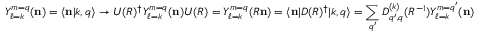
Y _ { \ell = k } ^ { m = q } ( \mathbf { n } ) = \langle \mathbf { n } | k , q \rangle \rightarrow U ( R ) ^ { \dagger } Y _ { \ell = k } ^ { m = q } ( \mathbf { n } ) U ( R ) = Y _ { \ell = k } ^ { m = q } ( R \mathbf { n } ) = \langle \mathbf { n } | D ( R ) ^ { \dagger } | k , q \rangle = \sum _ { q ^ { \prime } } D _ { q ^ { \prime } , q } ^ { ( k ) } ( R ^ { - 1 } ) Y _ { \ell = k } ^ { m = q ^ { \prime } } ( \mathbf { n } )